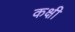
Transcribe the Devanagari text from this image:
कक्षी